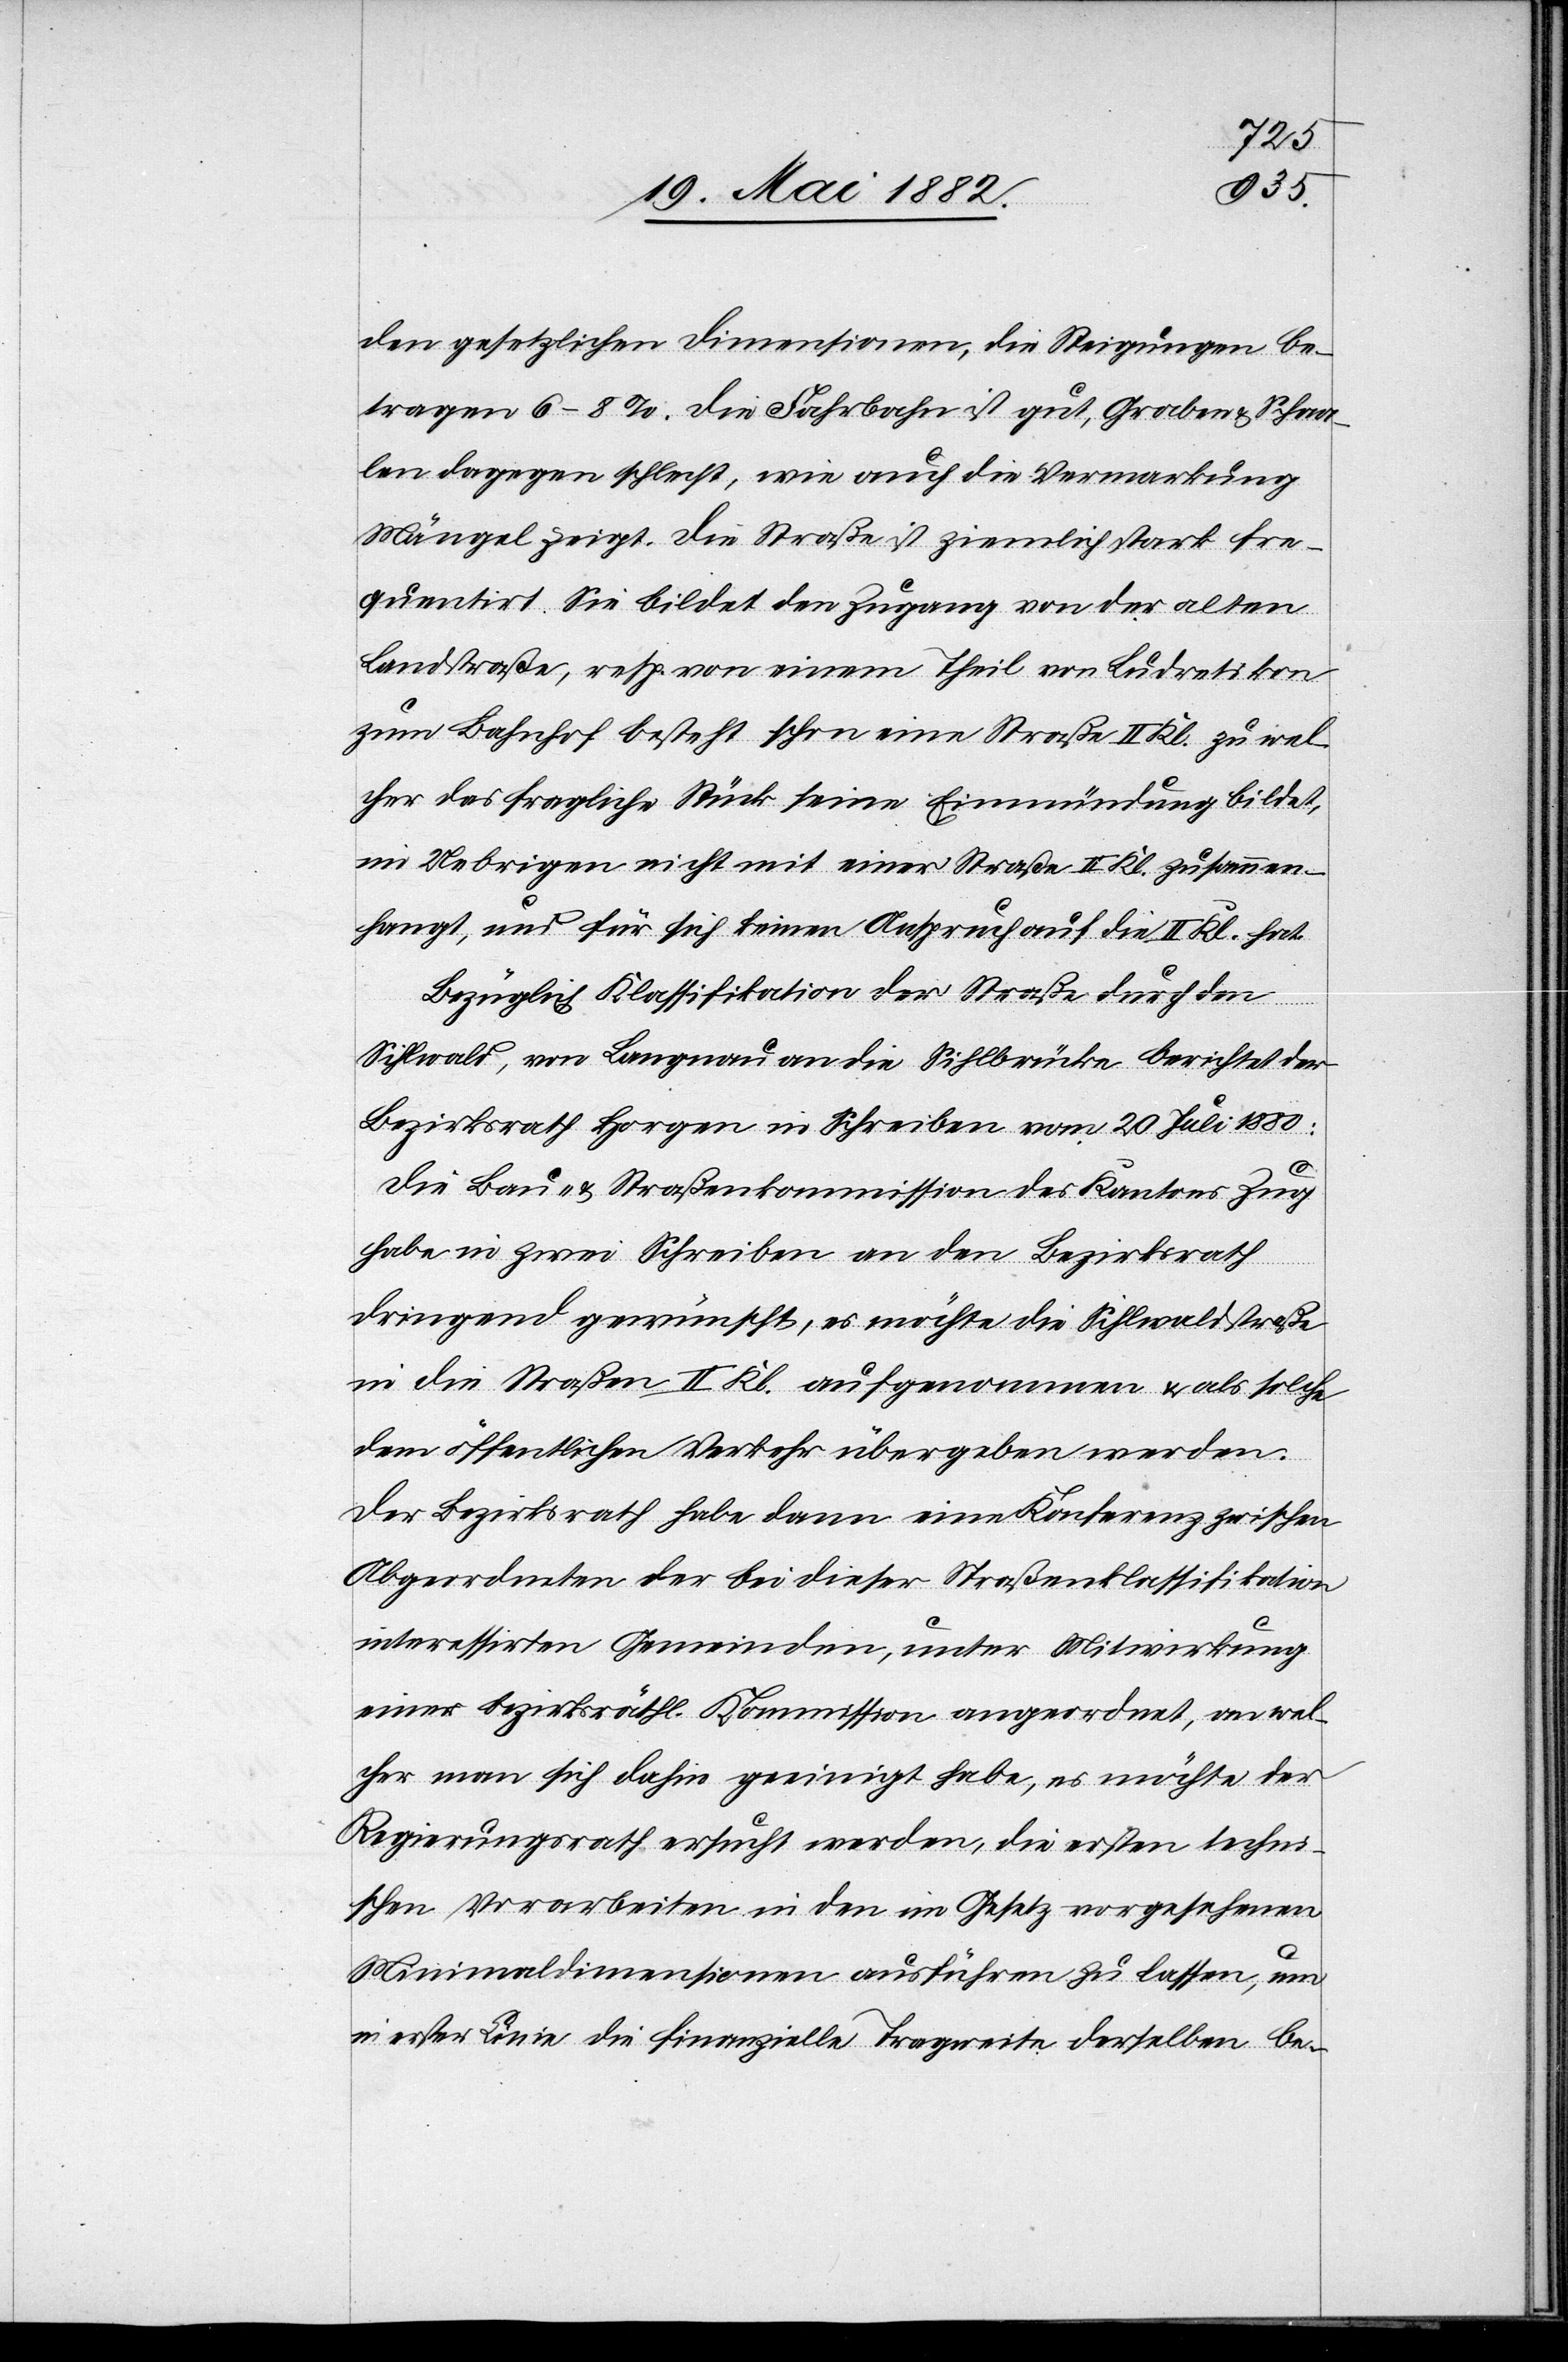
den gesetzlichen Dimensionen, die Steigungen be¬
tragen 6–8%. Die Fahrbahn ist gut, Graben & Schaa¬
len dagegen schlecht, wie auch die Vermarkung
Mängel zeigt. Die Straße ist ziemlich stark fre¬
quentirt. Sie bildet den Zugang von der alten
Landstraße, resp. von einem Theil von Ludretikon
zum Bahnhofe besteht schon eine Straße II. Kl. [sic!] zu wel¬
cher das fragliche Stück seine Einmündung bildet,
im Uebrigen nicht mit einer Straße II. Kl. zusammen¬
hängt, und für sich keinen Anspruch auf die II. Kl. hat.
Bezüglich Klassifikation der Straße durch den
Sihlwald, von Langnau an die Sihlbrücke berichtet der
Bezirksrath Horgen in Schreiben vom 20. Juli 1880:
Die Bau- & Straßenkommission des Kantons Zug
habe in zwei Schreiben an den Bezirksrath
dringend gewünscht, es möchte die Sihlwaldstraße
in die Straßen II. Kl. aufgenommen & als solche
dem öffentlichen Verkehr übergeben werden.
Der Bezirksrath habe dann eine Konferenz zwischen
Abgeordneten der bei dieser Straßenklassifikation
interessirten Gemeinden, unter Mitwirkung
einer bezirksräthl. Kommission angeordnet, an wel¬
cher man sich dahin geeinigt habe, es möchte der
Regierungsrath ersucht werden, die ersten techni¬
schen Vorarbeiten in den im Gesetz vorgesehenen
Minimaldimensionen ausführen zu lassen, um in
erster Linie die finanzielle Tragweite derselben be-